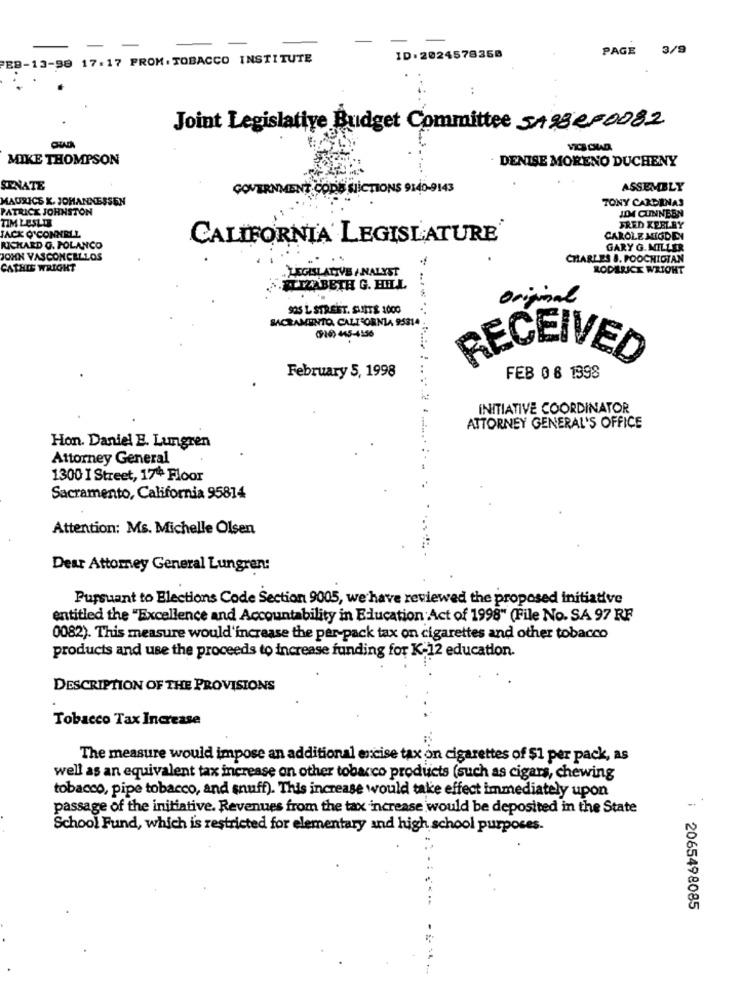
PAGE 3/9
EB-13-98 17:17 PROM.TOBACCO INSTITUTE
ID:2024578358
Joint Legislative Budget Committee SARBeF0082
VICB CHAD
MIKE THOMPSON
· DENISE MORENO DUCHENY
SENATE
GOVERNMENT CODES SICTIONS 9140-9143
ASSEMBLY
MAURICE K. JOHANNESSEN
TONY CARDENAS
PATRICK JOHNSTON
JDM4 CUNNEEN
TIM LESLIE
FRED KEELEY
JACK O'CONNELL
CALIFORNIA LEGISLATURE
CAROLE MIGDIEY
RICHARD G. POLANCO
GARY G. MILLER
JOHN VASCONCELLOS
CHARLES &. POOCHIOTAN
CATHIE WRIGHT
LEGISLATIVE ANALYST
RODILRICK WRIGHT
TIZABETH G. HILL
$
original
925 L STREET. SUITE 1000
SACRAMENTO, CALIFORNIA 95314
016 445-4556
RECEIVED
February 5, 1998
FEB 0 8 1398
INITIATIVE COORDINATOR
ATTORNEY GENERAL'S OFFICE
Hon. Daniel E. Lungren
Attorney General
1300 I Street, 17º Floor
Sacramento, California 95814
Attention: Ms. Michelle Olsen
Dear Attorney General Lungren:
Pursuant to Elections Code Section 9005, we have reviewed the proposed initiative
entitled the "Excellence and Accountability in Education Act of 1998" (File No. SA 97 RF
0082). This measure would'increase the per-pack tax on cigarettes and other tobacco
products and use the proceeds to increase funding for K-12 education.
DESCRIPTION OF THE PROVISIONS
Tobacco Tax Increase
The measure would impose an additional excise tax on cigarettes of $1 per pack, as
well as an equivalent tax increase on other tobacco products (such as cigars, chewing
tobacco, pipe tobacco, and snuff). This increase would take effect immediately upon
passage of the initiative. Revenues from the tax increase would be deposited in the State
School Fund, which is restricted for elementary and high school purposes.
: 2065498085